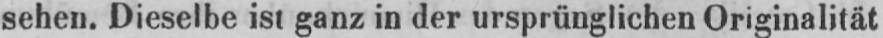
sehen. Dieselbe ist ganz in der ursprünglichen Originalität